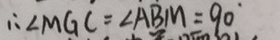
\therefore \angle M G C = \angle A B M = 9 0 ^ { \circ }